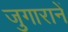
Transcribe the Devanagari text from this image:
जुगारानें